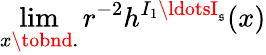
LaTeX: \operatorname*{lim}_{x\tobnd.}r^{-2}h^{I_{1}\ldotsI_{\mathfrak{s}}}(x)